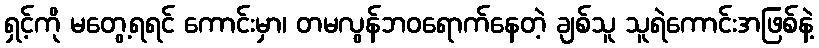
ရှင့်ကို မတွေ့ရရင် ကောင်းမှာ၊ တမလွန်ဘဝရောက်နေတဲ့ ချစ်သူ သူရဲကောင်းအဖြစ်နဲ့